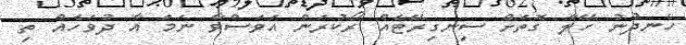
ހެނދުނު ހޭލާ ގޮތަށް ސިނގިރޭޓެއް ރޯކުރަން އަވަސްވާ ނަމަ އާ ދުވަހެއް ތި